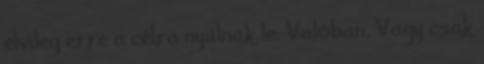
elvileg erre a célra nyúlnak le. Valóban. Vagy csak